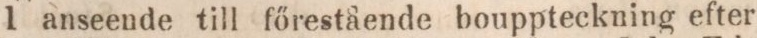
I anseende till főrestående bouppteckning efter